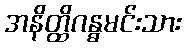
အနိတ္ထိဂန္ဓမင်းသား